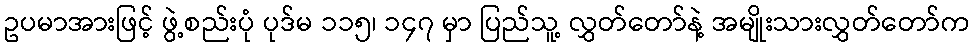
ဥပမာအားဖြင့် ဖွဲ့စည်းပုံ ပုဒ်မ ၁၁၅၊ ၁၄၇ မှာ ပြည်သူ့ လွှတ်တော်နဲ့ အမျိုးသားလွှတ်တော်က